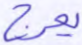
يعرج